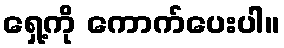
ရှေ့ကို ကောက်ပေးပါ။